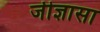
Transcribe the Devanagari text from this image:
जीज्ञासा